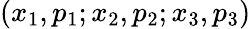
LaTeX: (x_{1},p_{1};x_{2},p_{2};x_{3},p_{3})